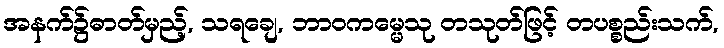
အနက်၌ဓာတ်မှည့်, သရချေ, ဘာဝကမ္မေသု တသုတ်ဖြင့် တပစ္စည်းသက်,